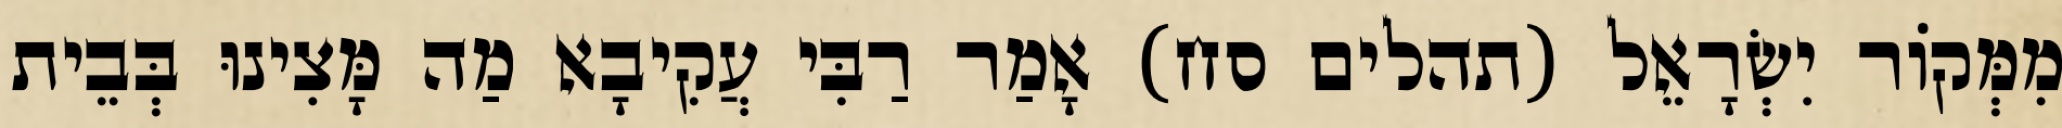
מִמְּקוֹר יִשְׂרָאֵל (תהלים סח) אָמַר רַבִּי עֲקִיבָא מַה מָּצִינוּ בְּבֵית